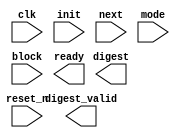
module treehacks2022asic2(clk, reset_n, init, next, mode, block, ready, digest, digest_valid);
  
  input wire            clk;
  input wire            reset_n;

  input wire            init;
  input wire            next;
  input wire            mode;

  input wire [511 : 0]  block;

  output wire           ready;
  output wire [255 : 0] digest;
  output wire           digest_valid;
  
//----------------------------------------------
  
    localparam SHA224_H0_0 = 32'hc1059ed8;
    localparam SHA224_H0_1 = 32'h367cd507;
    localparam SHA224_H0_2 = 32'h3070dd17;
    localparam SHA224_H0_3 = 32'hf70e5939;
    localparam SHA224_H0_4 = 32'hffc00b31;
    localparam SHA224_H0_5 = 32'h68581511;
    localparam SHA224_H0_6 = 32'h64f98fa7;
    localparam SHA224_H0_7 = 32'hbefa4fa4;

    localparam SHA256_H0_0 = 32'h6a09e667;
    localparam SHA256_H0_1 = 32'hbb67ae85;
    localparam SHA256_H0_2 = 32'h3c6ef372;
    localparam SHA256_H0_3 = 32'ha54ff53a;
    localparam SHA256_H0_4 = 32'h510e527f;
    localparam SHA256_H0_5 = 32'h9b05688c;
    localparam SHA256_H0_6 = 32'h1f83d9ab;
    localparam SHA256_H0_7 = 32'h5be0cd19;

    localparam SHA256_ROUNDS = 63;

    localparam CTRL_IDLE   = 0;
    localparam CTRL_ROUNDS = 1;
    localparam CTRL_DONE   = 2;
    

//----------------------------------------------
  
  
    reg [31 : 0] a_reg;
    reg [31 : 0] a_new;
    reg [31 : 0] b_reg;
    reg [31 : 0] b_new;
    reg [31 : 0] c_reg;
    reg [31 : 0] c_new;
    reg [31 : 0] d_reg;
    reg [31 : 0] d_new;
    reg [31 : 0] e_reg;
    reg [31 : 0] e_new;
    reg [31 : 0] f_reg;
    reg [31 : 0] f_new;
    reg [31 : 0] g_reg;
      reg [31 : 0] g_new;
      reg [31 : 0] h_reg;
      reg [31 : 0] h_new;
    
    reg [31 : 0] H0_reg;
    reg [31 : 0] H0_new;
    reg [31 : 0] H1_reg;
    reg [31 : 0] H1_new;
    reg [31 : 0] H2_reg;
    reg [31 : 0] H2_new;
    reg [31 : 0] H3_reg;
    reg [31 : 0] H3_new;
    reg [31 : 0] H4_reg;
    reg [31 : 0] H4_new;
    reg [31 : 0] H5_reg;
    reg [31 : 0] H5_new;
    reg [31 : 0] H6_reg;
    reg [31 : 0] H6_new;
    reg [31 : 0] H7_reg;
    reg [31 : 0] H7_new;
    reg          H_we;

    reg [5 : 0] t_ctr_reg;
    reg [5 : 0] t_ctr_new;
    reg         t_ctr_we;
    reg         t_ctr_inc;
    reg         t_ctr_rst;

    reg digest_valid_reg;
    reg digest_valid_new;
    reg digest_valid_we;

    reg [1 : 0] sha256_ctrl_reg;
    reg [1 : 0] sha256_ctrl_new;
    reg         sha256_ctrl_we;
    
    reg          a_h_we;  
    reg digest_init;
      reg digest_update;
    
    reg [31 : 0] t1;
    reg [31 : 0] t2;
  
    reg state_init;
    reg state_update;
  
    reg           w_init;
    reg           w_next;
    wire [31 : 0] w_data;
  
    wire [31 : 0] k_data;
  
    reg first_block;
    
     reg ready_flag;
    
//----------------------------------------------

  
  always @ (posedge clk or negedge reset_n)
    begin : reg_update
      if (!reset_n)
        begin
          a_reg            <= 32'h0;
          b_reg            <= 32'h0;
          c_reg            <= 32'h0;
          d_reg            <= 32'h0;
          e_reg            <= 32'h0;
          f_reg            <= 32'h0;
          g_reg            <= 32'h0;
          h_reg            <= 32'h0;
          H0_reg           <= 32'h0;
          H1_reg           <= 32'h0;
          H2_reg           <= 32'h0;
          H3_reg           <= 32'h0;
          H4_reg           <= 32'h0;
          H5_reg           <= 32'h0;
          H6_reg           <= 32'h0;
          H7_reg           <= 32'h0;
          digest_valid_reg <= 0;
          t_ctr_reg        <= 6'h0;
          sha256_ctrl_reg  <= CTRL_IDLE;
        end
      else
        begin

          if (a_h_we)
            begin
              a_reg <= a_new;
              b_reg <= b_new;
              c_reg <= c_new;
              d_reg <= d_new;
              e_reg <= e_new;
              f_reg <= f_new;
              g_reg <= g_new;
              h_reg <= h_new;
            end

          if (H_we)
            begin
              H0_reg <= H0_new;
              H1_reg <= H1_new;
              H2_reg <= H2_new;
              H3_reg <= H3_new;
              H4_reg <= H4_new;
              H5_reg <= H5_new;
              H6_reg <= H6_new;
              H7_reg <= H7_new;
            end

          if (t_ctr_we)
            t_ctr_reg <= t_ctr_new;

          if (digest_valid_we)
            digest_valid_reg <= digest_valid_new;

          if (sha256_ctrl_we)
            sha256_ctrl_reg <= sha256_ctrl_new;
        end
    end

  always @*
    begin : digest_logic
      H0_new = 32'h0;
      H1_new = 32'h0;
      H2_new = 32'h0;
      H3_new = 32'h0;
      H4_new = 32'h0;
      H5_new = 32'h0;
      H6_new = 32'h0;
      H7_new = 32'h0;
      H_we = 0;

      if (digest_init)
        begin
          H_we = 1;
          if (mode)
            begin
              H0_new = SHA256_H0_0;
              H1_new = SHA256_H0_1;
              H2_new = SHA256_H0_2;
              H3_new = SHA256_H0_3;
              H4_new = SHA256_H0_4;
              H5_new = SHA256_H0_5;
              H6_new = SHA256_H0_6;
              H7_new = SHA256_H0_7;
            end
          else
            begin
              H0_new = SHA224_H0_0;
              H1_new = SHA224_H0_1;
              H2_new = SHA224_H0_2;
              H3_new = SHA224_H0_3;
              H4_new = SHA224_H0_4;
              H5_new = SHA224_H0_5;
              H6_new = SHA224_H0_6;
              H7_new = SHA224_H0_7;
            end
        end

      if (digest_update)
        begin
          H0_new = H0_reg + a_reg;
          H1_new = H1_reg + b_reg;
          H2_new = H2_reg + c_reg;
          H3_new = H3_reg + d_reg;
          H4_new = H4_reg + e_reg;
          H5_new = H5_reg + f_reg;
          H6_new = H6_reg + g_reg;
          H7_new = H7_reg + h_reg;
          H_we = 1;
        end
    end
   
    always @*
    begin : t1_logic
      reg [31 : 0] sum1;
      reg [31 : 0] ch;

      sum1 = {e_reg[5  : 0], e_reg[31 :  6]} ^
             {e_reg[10 : 0], e_reg[31 : 11]} ^
             {e_reg[24 : 0], e_reg[31 : 25]};

      ch = (e_reg & f_reg) ^ ((~e_reg) & g_reg);

      t1 = h_reg + sum1 + ch + w_data + k_data;
    end 
   
     always @*
    begin : t2_logic
      reg [31 : 0] sum0;
      reg [31 : 0] maj;

      sum0 = {a_reg[1  : 0], a_reg[31 :  2]} ^
             {a_reg[12 : 0], a_reg[31 : 13]} ^
             {a_reg[21 : 0], a_reg[31 : 22]};

      maj = (a_reg & b_reg) ^ (a_reg & c_reg) ^ (b_reg & c_reg);

      t2 = sum0 + maj;
    end 
   
   always @*
    begin : state_logic
      a_new  = 32'h0;
      b_new  = 32'h0;
      c_new  = 32'h0;
      d_new  = 32'h0;
      e_new  = 32'h0;
      f_new  = 32'h0;
      g_new  = 32'h0;
      h_new  = 32'h0;
      a_h_we = 0;

      if (state_init)
        begin
          a_h_we = 1;
          if (first_block)
            begin
              if (mode)
                begin
                  a_new  = SHA256_H0_0;
                  b_new  = SHA256_H0_1;
                  c_new  = SHA256_H0_2;
                  d_new  = SHA256_H0_3;
                  e_new  = SHA256_H0_4;
                  f_new  = SHA256_H0_5;
                  g_new  = SHA256_H0_6;
                  h_new  = SHA256_H0_7;
                end
              else
                begin
                  a_new  = SHA224_H0_0;
                  b_new  = SHA224_H0_1;
                  c_new  = SHA224_H0_2;
                  d_new  = SHA224_H0_3;
                  e_new  = SHA224_H0_4;
                  f_new  = SHA224_H0_5;
                  g_new  = SHA224_H0_6;
                  h_new  = SHA224_H0_7;
                end
            end
          else
            begin
              a_new  = H0_reg;
              b_new  = H1_reg;
              c_new  = H2_reg;
              d_new  = H3_reg;
              e_new  = H4_reg;
              f_new  = H5_reg;
              g_new  = H6_reg;
              h_new  = H7_reg;
            end
        end

      if (state_update)
        begin
          a_new  = t1 + t2;
          b_new  = a_reg;
          c_new  = b_reg;
          d_new  = c_reg;
          e_new  = d_reg + t1;
          f_new  = e_reg;
          g_new  = f_reg;
          h_new  = g_reg;
          a_h_we = 1;
        end
    end 
   
     always @*
    begin : t_ctr
      t_ctr_new = 0;
      t_ctr_we  = 0;

      if (t_ctr_rst)
        begin
          t_ctr_new = 0;
          t_ctr_we  = 1;
        end

      if (t_ctr_inc)
        begin
          t_ctr_new = t_ctr_reg + 1'b1;
          t_ctr_we  = 1;
        end
    end 
   
   always @*
    begin : sha256_ctrl_fsm
      digest_init      = 0;
      digest_update    = 0;

      state_init       = 0;
      state_update     = 0;

      first_block      = 0;
      ready_flag       = 0;

      w_init           = 0;
      w_next           = 0;

      t_ctr_inc        = 0;
      t_ctr_rst        = 0;

      digest_valid_new = 0;
      digest_valid_we  = 0;

      sha256_ctrl_new  = CTRL_IDLE;
      sha256_ctrl_we   = 0;


      case (sha256_ctrl_reg)
        CTRL_IDLE:
          begin
            ready_flag = 1;

            if (init)
              begin
                digest_init      = 1;
                w_init           = 1;
                state_init       = 1;
                first_block      = 1;
                t_ctr_rst        = 1;
                digest_valid_new = 0;
                digest_valid_we  = 1;
                sha256_ctrl_new  = CTRL_ROUNDS;
                sha256_ctrl_we   = 1;
              end

            if (next)
              begin
                t_ctr_rst        = 1;
                w_init           = 1;
                state_init       = 1;
                digest_valid_new = 0;
                digest_valid_we  = 1;
                sha256_ctrl_new  = CTRL_ROUNDS;
                sha256_ctrl_we   = 1;
              end
          end


        CTRL_ROUNDS:
          begin
            w_next       = 1;
            state_update = 1;
            t_ctr_inc    = 1;

            if (t_ctr_reg == SHA256_ROUNDS)
              begin
                sha256_ctrl_new = CTRL_DONE;
                sha256_ctrl_we  = 1;
              end
          end


        CTRL_DONE:
          begin
            digest_update    = 1;
            digest_valid_new = 1;
            digest_valid_we  = 1;

            sha256_ctrl_new  = CTRL_IDLE;
            sha256_ctrl_we   = 1;
          end
      endcase 
    end
            
endmodule